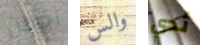
اخمن والس ثدي